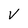
Character: V